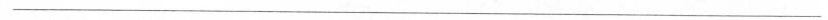
___